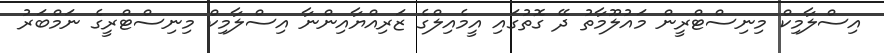
އިސްލާމިކް މިނިސްޓްރީން މައުލޫމާތު ދޭ ގޮތުގައި އީމެއިލްގެ ޒަރިއްޔާއިންނާ އިސްލާމިކް މިނިސްޓްރީގެ ނަމްބަރު